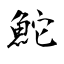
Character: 鮀